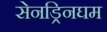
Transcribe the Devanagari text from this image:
सेनड्रिनघम